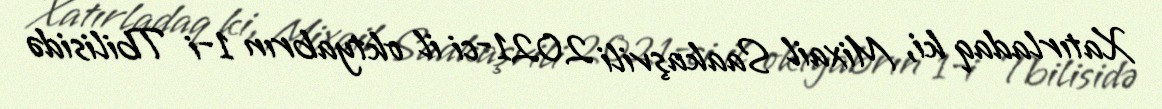
Xatırladaq ki, Mixail Saakaşvili 2021-ci il oktyabrın 1-i Tbilisidə